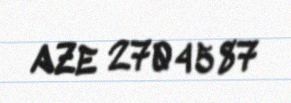
AZE 2704587